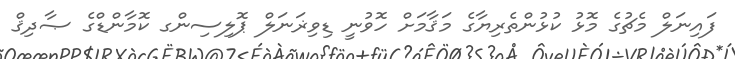
ފައިނަލް މެޗުގެ މޮޅު ކުޅުންތެރިޔާގެ މަޤާމަށް ހޮވުނީ ޑިވިޜަނަލް ޕޮލިސިންގ ކޮމާންޑްގެ ޞާދިޤް